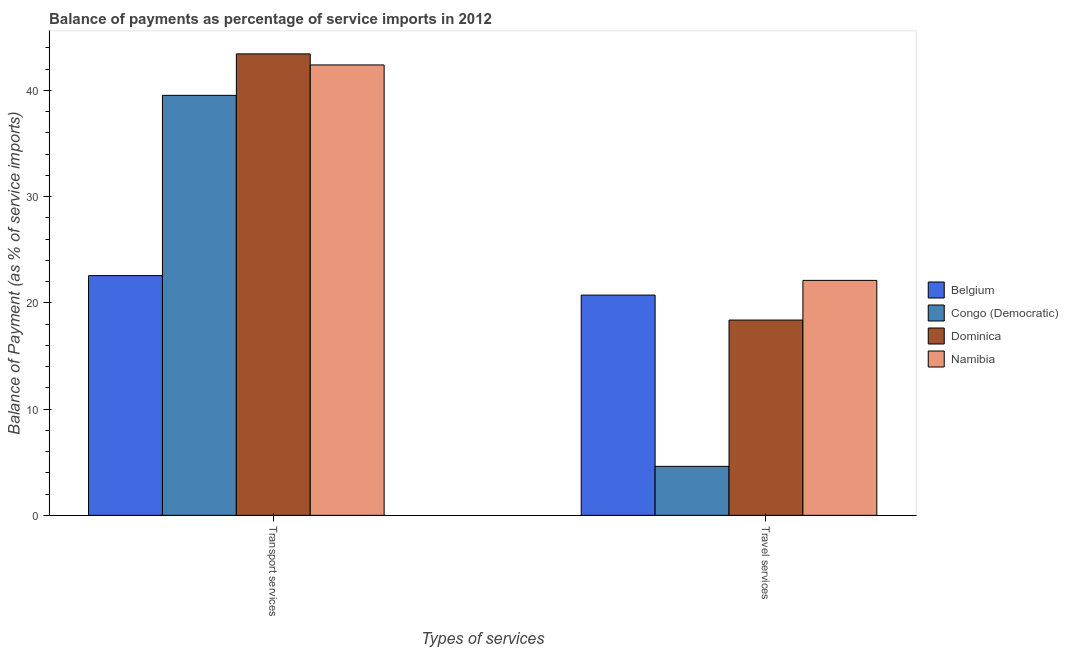
| Types of services | Belgium | Congo (Democratic) | Dominica | Namibia |
 | --- | --- | --- | --- | --- |
 | Transport services | 22.6 | 39.5 | 43.4 | 42.4 |
 | Travel services | 20.7 | 4.61 | 18.4 | 22.1 |